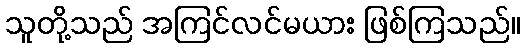
သူတို့သည် အကြင်လင်မယား ဖြစ်ကြသည်။